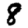
Digit: 8